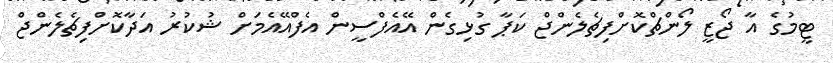
ޓީމުގެ އާ ޖޯޒީ ލޯންޗްކޮށްފިޗެލެންޖް ކަޕާ ގުޅިގެން އޭއެފްސީން އެފްއޭއެމަށް ޝުކުރު އަދާކޮށްފިޗެލެންޖް